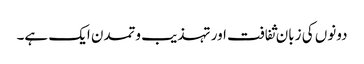
دونوں کی زبان ثفافت اور تہذیب وتمدن ایک ہے۔